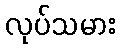
လုပ်သမား